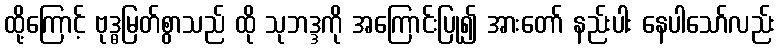
ထို့ကြောင့် ဗုဒ္ဓမြတ်စွာသည် ထို သုဘဒ္ဒကို အကြောင်းပြု၍ အားတော် နည်းပါး နေပါသော်လည်း